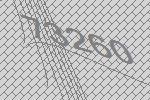
73260